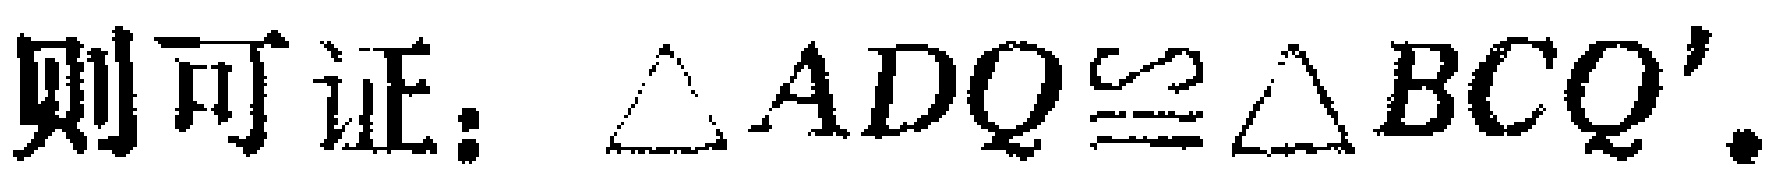
则可证：$\triangle ADQ\cong\triangle BCQ'.$